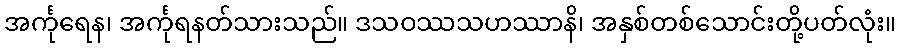
အင်္ကုရေန၊ အင်္ကုရနတ်သားသည်။ ဒသဝဿသဟဿာနိ၊ အနှစ်တစ်သောင်းတို့ပတ်လုံး။